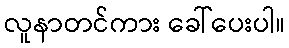
လူနာတင်ကား ခေါ်ပေးပါ။